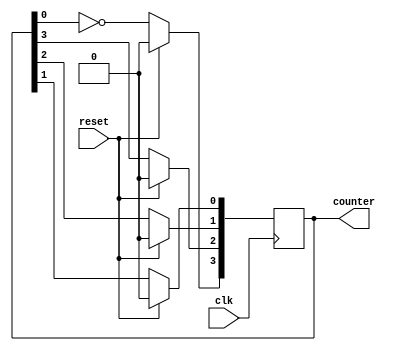
module j_counter(input clk,
input reset,
output reg [0:3]counter
);
    
always @(posedge clk) begin
if(reset) counter <=4'd0;
else begin
counter[0] <= ~counter[3];
counter[1] <= counter[0];
counter[2] <= counter[1];
counter[3] <= counter[2];
end
end

endmodule